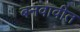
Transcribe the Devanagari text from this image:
बनवावीत